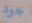
جود